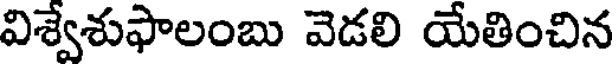
విశ్వేశుఫాలంబు వెడలి యేతించిన